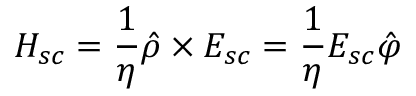
\boldsymbol { H _ { s c } } = \frac { 1 } { \eta } \hat { \rho } \times \boldsymbol { E _ { s c } } = \frac { 1 } { \eta } E _ { s c } \hat { \varphi }